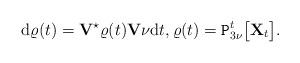
LaTeX: \begin{align*}\mathrm{d}\varrho(t)=\mathbf{V}^\star\varrho(t)\mathbf{V}\nu\mathrm{d}t,\varrho(t)=\texttt{P}_{3\nu}^t\big[\mathbf{X}_t \big].\end{align*}